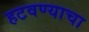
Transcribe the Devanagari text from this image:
हटवण्याचा